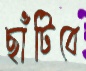
ছাঁটিবে